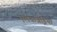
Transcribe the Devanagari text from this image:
एलेकजेंड्रिया